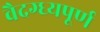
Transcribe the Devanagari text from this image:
वैदग्ध्यपूर्ण